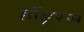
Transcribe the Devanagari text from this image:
होंडूरस